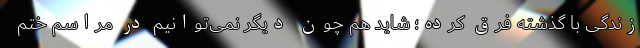
زندگی با گذشته فرق کرده؛ شاید هم چون دیگر نمی‌توانیم در مراسم ختم